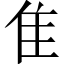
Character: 隹